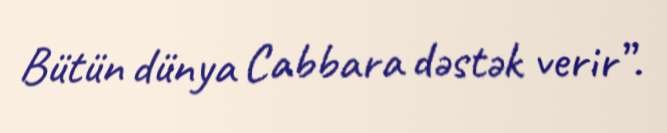
Bütün dünya Cabbara dəstək verir”.